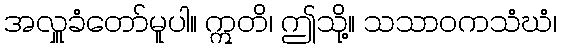
အလှူခံတော်မူပါ။ ဣတိ၊ ဤသို့။ သသာဝကသံဃံ၊